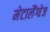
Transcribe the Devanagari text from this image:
मेटालैंग्वेज